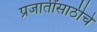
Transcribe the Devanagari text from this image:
प्रजातींसाठीचे